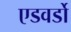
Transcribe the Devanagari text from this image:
एडवर्डो